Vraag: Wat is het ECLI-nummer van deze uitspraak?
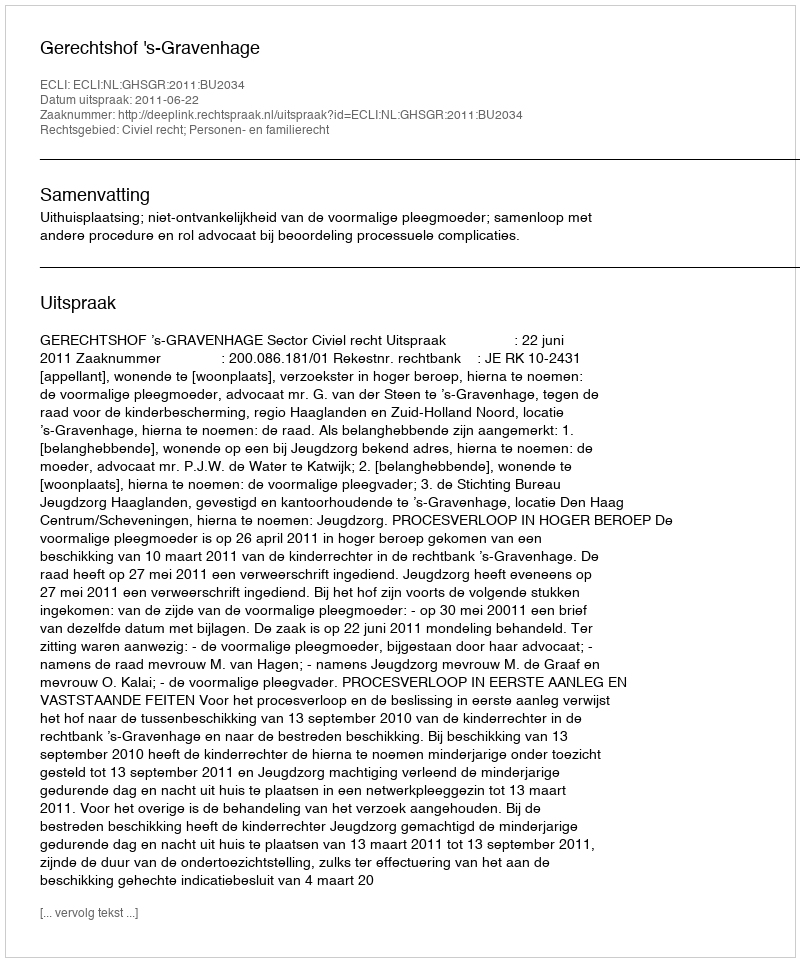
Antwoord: ECLI:NL:GHSGR:2011:BU2034